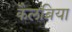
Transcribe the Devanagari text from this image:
कैलब्रिया